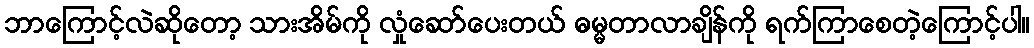
ဘာကြောင့်လဲဆိုတော့ သားအိမ်ကို လှုံဆော်ပေးတယ် ဓမ္မတာလာချိန်ကို ရက်ကြာစေတဲ့ကြောင့်ပါ။